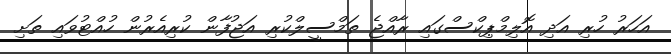
އަހަރު ހުރި އަދި އޮލިމްޕިކްސްގައި ރާއްޖެ ތަމްސީލްކުރި އަޖުފާން ކުރިއެރުން ހުއްޓުވައި ތަށި